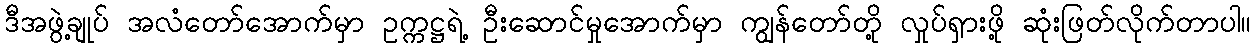
ဒီအဖွဲ့ချုပ် အလံတော်အောက်မှာ ဥက္ကဋ္ဌရဲ့ ဦးဆောင်မှုအောက်မှာ ကျွန်တော်တို့ လှုပ်ရှားဖို့ ဆုံးဖြတ်လိုက်တာပါ။